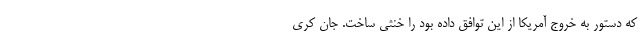
که دستور به خروج آمریکا از این توافق داده بود را خنثی ساخت. جان کری